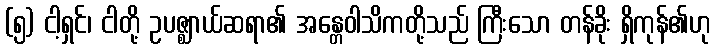
(၅) ငါ့ရှင်၊ ငါတို့ ဥပဇ္ဈာယ်ဆရာ၏ အန္တေဝါသိကတို့သည် ကြီးသော တန်ခိုး ရှိကုန်၏ဟု